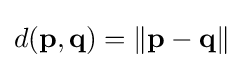
d(\mathbf {p} ,\mathbf {q} )=\left\|\mathbf {p} -\mathbf {q} \right\|